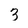
Character: 3